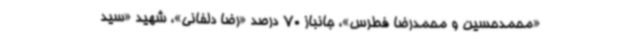
«محمدحسین و محمدرضا فطرس»، جانباز 70 درصد «رضا دلفانی»، شهید «سید